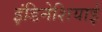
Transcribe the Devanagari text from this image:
इंडिनेशियाई